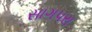
સાગપરા